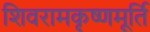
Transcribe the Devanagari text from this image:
शिवरामकृष्णमूर्ति